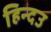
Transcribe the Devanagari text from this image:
हिन्दउ